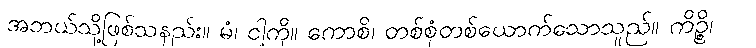
အဘယ်သို့ဖြစ်သနည်း။ မံ၊ ငါ့ကို။ ကောစိ၊ တစ်စုံတစ်ယောက်သောသူည်။ ကိဉ္စိ၊